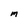
Character: M